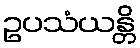
ဥပသံယန္တိ